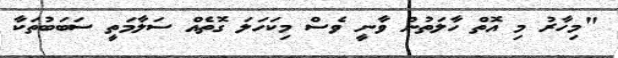
"މިހާރު މި އޮތް ހާލަތުން ވާނީ ވެސް މިކަހަލަ ގޮތެއް ސަލާމަތީ ސަބަބުތަކާ